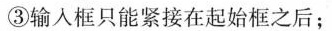
③输入框只能紧接在起始框之后；